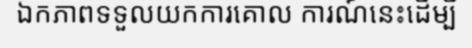
ឯកភាពទទួលយកការគោល ការណ៍នេះដើម្បី